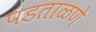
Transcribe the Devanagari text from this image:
पडताळणे